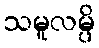
သမူလမ္ပိ